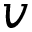
v